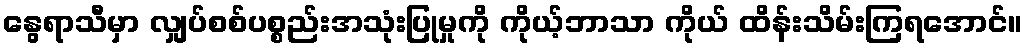
နွေရာသီမှာ လျှပ်စစ်ပစ္စည်းအသုံးပြုမှုကို ကိုယ့်ဘာသာ ကိုယ် ထိန်းသိမ်းကြရအောင်။